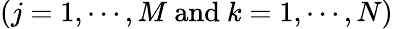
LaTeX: (j=1,\cdots,M\mathrm{\ and\ }k=1,\cdots,N)